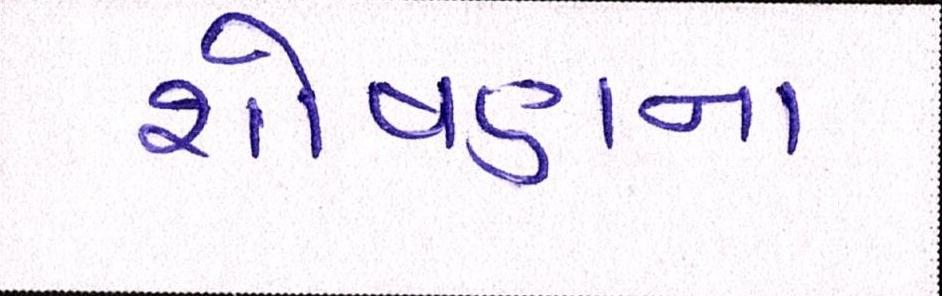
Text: શોષણના